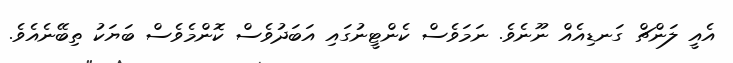
އެއީ ލަންޗް ގަނޑިއެއް ނޫނެވެ. ނަމަވެސް ކެންޓީނުގައި އަބަދުވެސް ކޮންމެވެސް ބަޔަކު ތިބޭނެއެވެ.